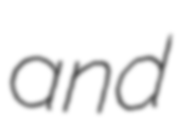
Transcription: and